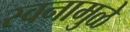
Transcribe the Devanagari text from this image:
स्वनामुळे